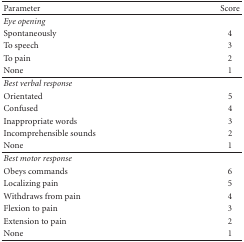
<table><thead><tr><td><b>Parameter</b></td><td><b>Score</b></td></tr></thead><tbody><tr><td><i>Eye opening</i></td><td></td></tr><tr><td>Spontaneously</td><td>4</td></tr><tr><td>To speech</td><td>3</td></tr><tr><td>To pain</td><td>2</td></tr><tr><td>None</td><td>1</td></tr><tr><td><i>Best verbal response</i></td><td></td></tr><tr><td>Orientated</td><td>5</td></tr><tr><td>Confused</td><td>4</td></tr><tr><td>Inappropriate words</td><td>3</td></tr><tr><td>Incomprehensible sounds</td><td>2</td></tr><tr><td>None</td><td>1</td></tr><tr><td><i>Best motor response</i></td><td></td></tr><tr><td>Obeys commands</td><td>6</td></tr><tr><td>Localizing pain</td><td>5</td></tr><tr><td>Withdraws from pain</td><td>4</td></tr><tr><td>Flexion to pain</td><td>3</td></tr><tr><td>Extension to pain</td><td>2</td></tr><tr><td>None</td><td>1</td></tr></tbody></table>